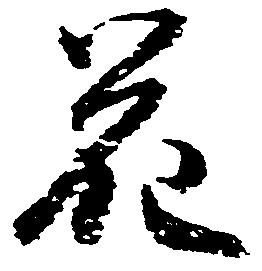
花